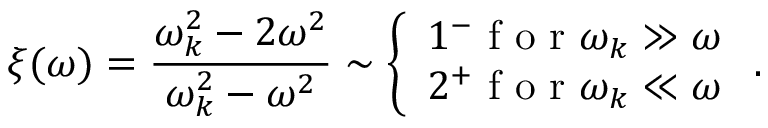
\xi ( \omega ) = \frac { \omega _ { k } ^ { 2 } - 2 \omega ^ { 2 } } { \omega _ { k } ^ { 2 } - \omega ^ { 2 } } \sim \left\{ \begin{array} { l l } { 1 ^ { - } \mathrm { ~ f ~ o ~ r ~ } \omega _ { k } \gg \omega } \\ { 2 ^ { + } \mathrm { ~ f ~ o ~ r ~ } \omega _ { k } \ll \omega } \end{array} \right. .